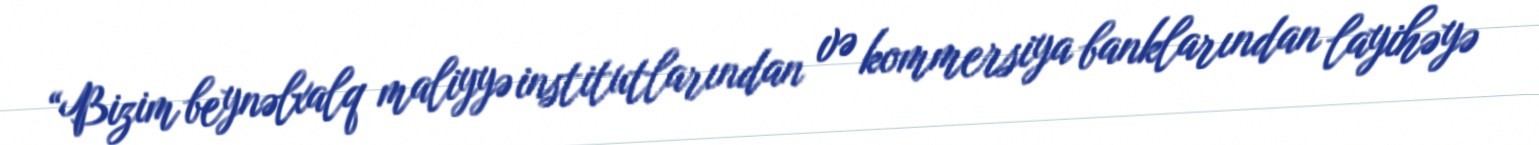
“Bizim beynəlxalq maliyyə institutlarından və kommersiya banklarından layihəyə